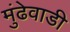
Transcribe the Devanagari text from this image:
मुंढेवाडी